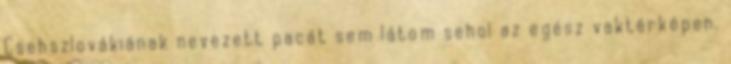
Csehszlovákiának nevezett pacát sem látom sehol az egész vaktérképen.